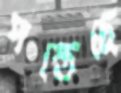
পস্তেছে